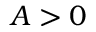
A > 0